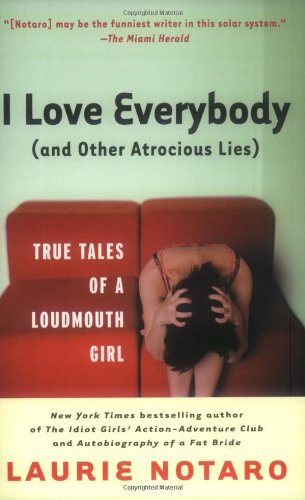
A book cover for I Love Everybody (and Other Atrocious Lies): True Tales of a Loudmouth Girl; Laurie Notaro; Humor & Entertainment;